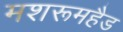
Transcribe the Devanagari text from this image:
मशरूमहैड